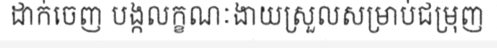
ដាក់ចេញ បង្កលក្ខណៈងាយស្រួលសម្រាប់ជម្រុញ